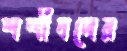
শশীদলের